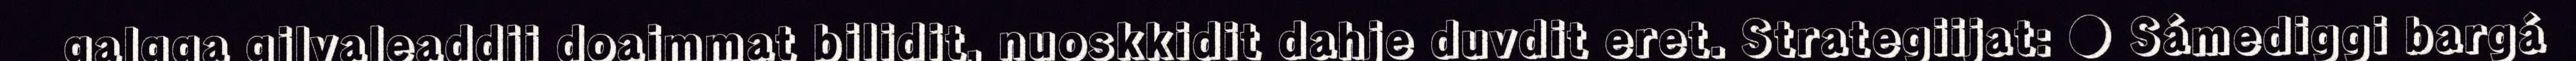
galgga gilvaleaddji doaimmat bilidit, nuoskkidit dahje duvdit eret. Strategiijat: ● Sámediggi bargá